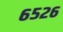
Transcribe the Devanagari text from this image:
६५२६